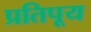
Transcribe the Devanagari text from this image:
प्रतिपूय